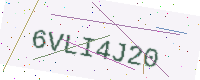
Text: 6VLI4J20